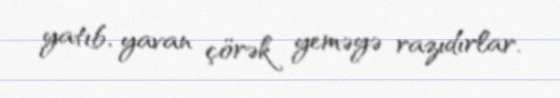
yatıb, yavan çörək yeməyə razıdırlar.